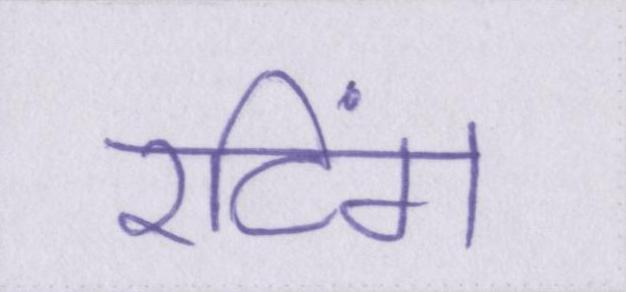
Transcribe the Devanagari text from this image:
रटिंग